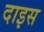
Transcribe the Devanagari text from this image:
दाइस